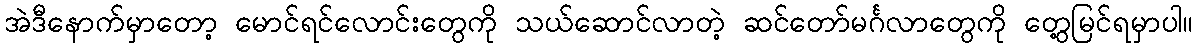
အဲဒီနောက်မှာတော့ မောင်ရင်လောင်းတွေကို သယ်ဆောင်လာတဲ့ ဆင်တော်မင်္ဂလာတွေကို တွေ့မြင်ရမှာပါ။